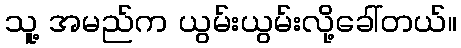
သူ့ အမည်က ယွမ်းယွမ်းလို့ခေါ်တယ်။